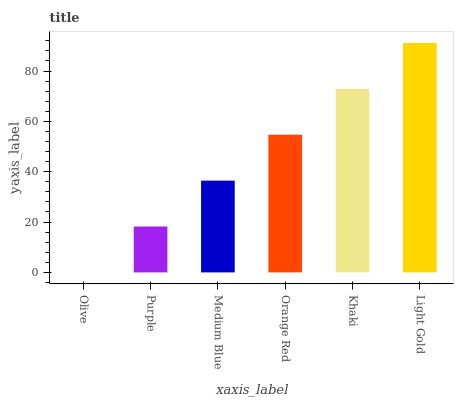
| xaxis_label | bars |
 | --- | --- |
 | Olive | 0 |
 | Purple | 18.2 |
 | Medium Blue | 36.5 |
 | Orange Red | 54.7 |
 | Khaki | 72.9 |
 | Light Gold | 91.2 |